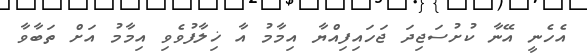
އެހެނީ އޭނާ ކުށުސަޖިދަ ޖަހައިފިއްޔާ އިމާމު އާ ޚިލާފުވެވި އިމާމު އަށް ތަބާވާ